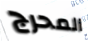
المحرج